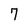
Character: 7